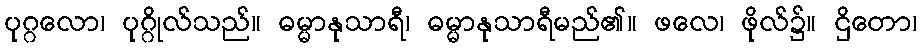
ပုဂ္ဂလော၊ ပုဂ္ဂိုလ်သည်။ ဓမ္မာနုသာရီ၊ ဓမ္မာနုသာရီမည်၏။ ဖလေ၊ ဖိုလ်၌။ ဌိတော၊